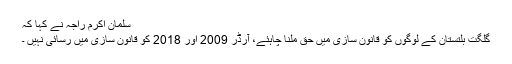
سلمان اکرم راجہ نے کہا کہ
گلگت بلتستان کے لوگوں کو قانون سازی میں حق ملنا چاہئے، آرڈر 2009 اور 2018 کو قانون سازی میں رسائی نہیں ۔